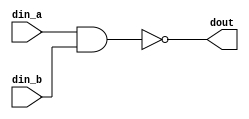
`timescale 1ns/10ps

module nand_gate(
    din_a,
    din_b,
    dout
);

input din_a, din_b;
output dout;

assign dout = ~(din_a & din_b);

endmodule